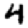
Digit: 4